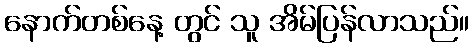
နောက်တစ်နေ့ တွင် သူ အိမ်ပြန်လာသည်။